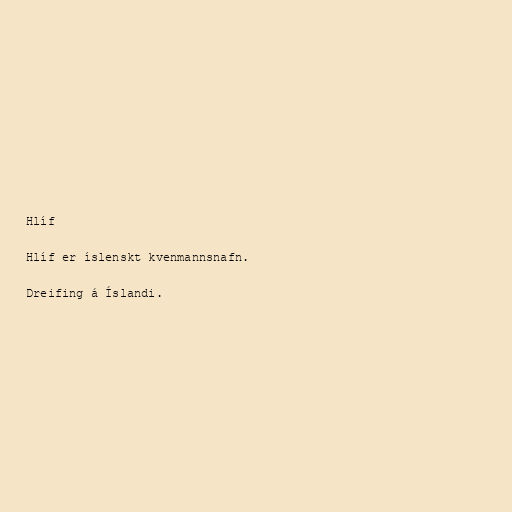
Hlíf

Hlíf er íslenskt kvenmannsnafn.

Dreifing á Íslandi.